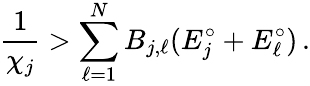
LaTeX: \frac{1}{\chi_{j}}>\sum_{\ell=1}^{N}B_{j,\ell}(E_{j}^{\circ}+E_{\ell}^{\circ})\, .